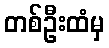
တစ်ဦးထံမှ